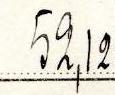
52,12